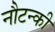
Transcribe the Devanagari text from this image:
नौटन्की